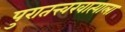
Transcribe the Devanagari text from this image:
पुरातत्त्वखात्याला